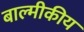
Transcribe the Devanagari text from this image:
बाल्मीकीय